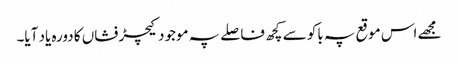
مجھے اس موقع پہ باکو سے کچھ فاصلے پہ موجود کیچڑ فشاں کا دورہ یاد آیا۔